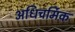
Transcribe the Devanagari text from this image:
अधिचर्मिक